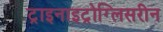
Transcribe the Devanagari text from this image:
ट्राइनाइट्रोग्लिसरीन